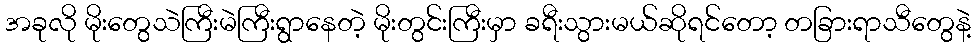
အခုလို မိုးတွေသဲကြီးမဲကြီးရွာနေတဲ့ မိုးတွင်းကြီးမှာ ခရီးသွားမယ်ဆိုရင်တော့ တခြားရာသီတွေနဲ့